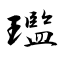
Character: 璼